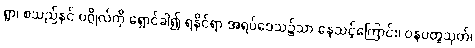
ရွာ၊ စသည်နှင် ပဂ္ဂိုလ်ကို ရှောင်ခါ၍ ရနိုင်ရာ အရပ်ဒေသ၌သာ နေသင့်ကြောင်း၊ ဝနပတ္ထသုတ်၊